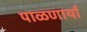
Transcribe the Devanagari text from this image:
पाळणार्या